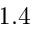
1 . 4